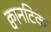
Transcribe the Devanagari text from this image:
क्वानटिक